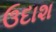
ઉદાશ